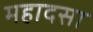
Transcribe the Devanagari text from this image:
महादसा